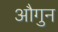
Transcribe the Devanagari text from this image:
औगुन